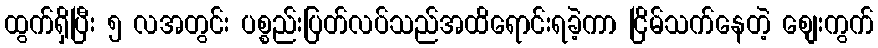
ထွက်ရှိပြီး ၅ လအတွင်း ပစ္စည်းပြတ်လပ်သည်အထိရောင်းရခဲ့ကာ ငြိမ်သက်နေတဲ့ စျေးကွက်